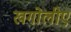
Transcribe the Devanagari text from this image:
खगोलीए